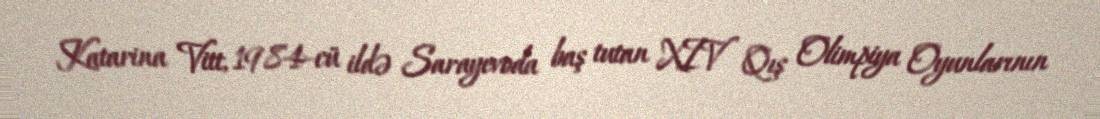
Katarina Vitt, 1984-cü ildə Sarayevoda baş tutan XIV Qış Olimpiya Oyunlarının